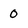
Character: 0